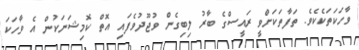
ވާހަކަތަކެކެވެ. ތަފާތަކަށްވީ ރައީސްގެ ބާރު ލިބިގެން ވުޖޫދުވެފައި އޮތް ކޮމިޝަނަކުން އެ ވާހަކަ